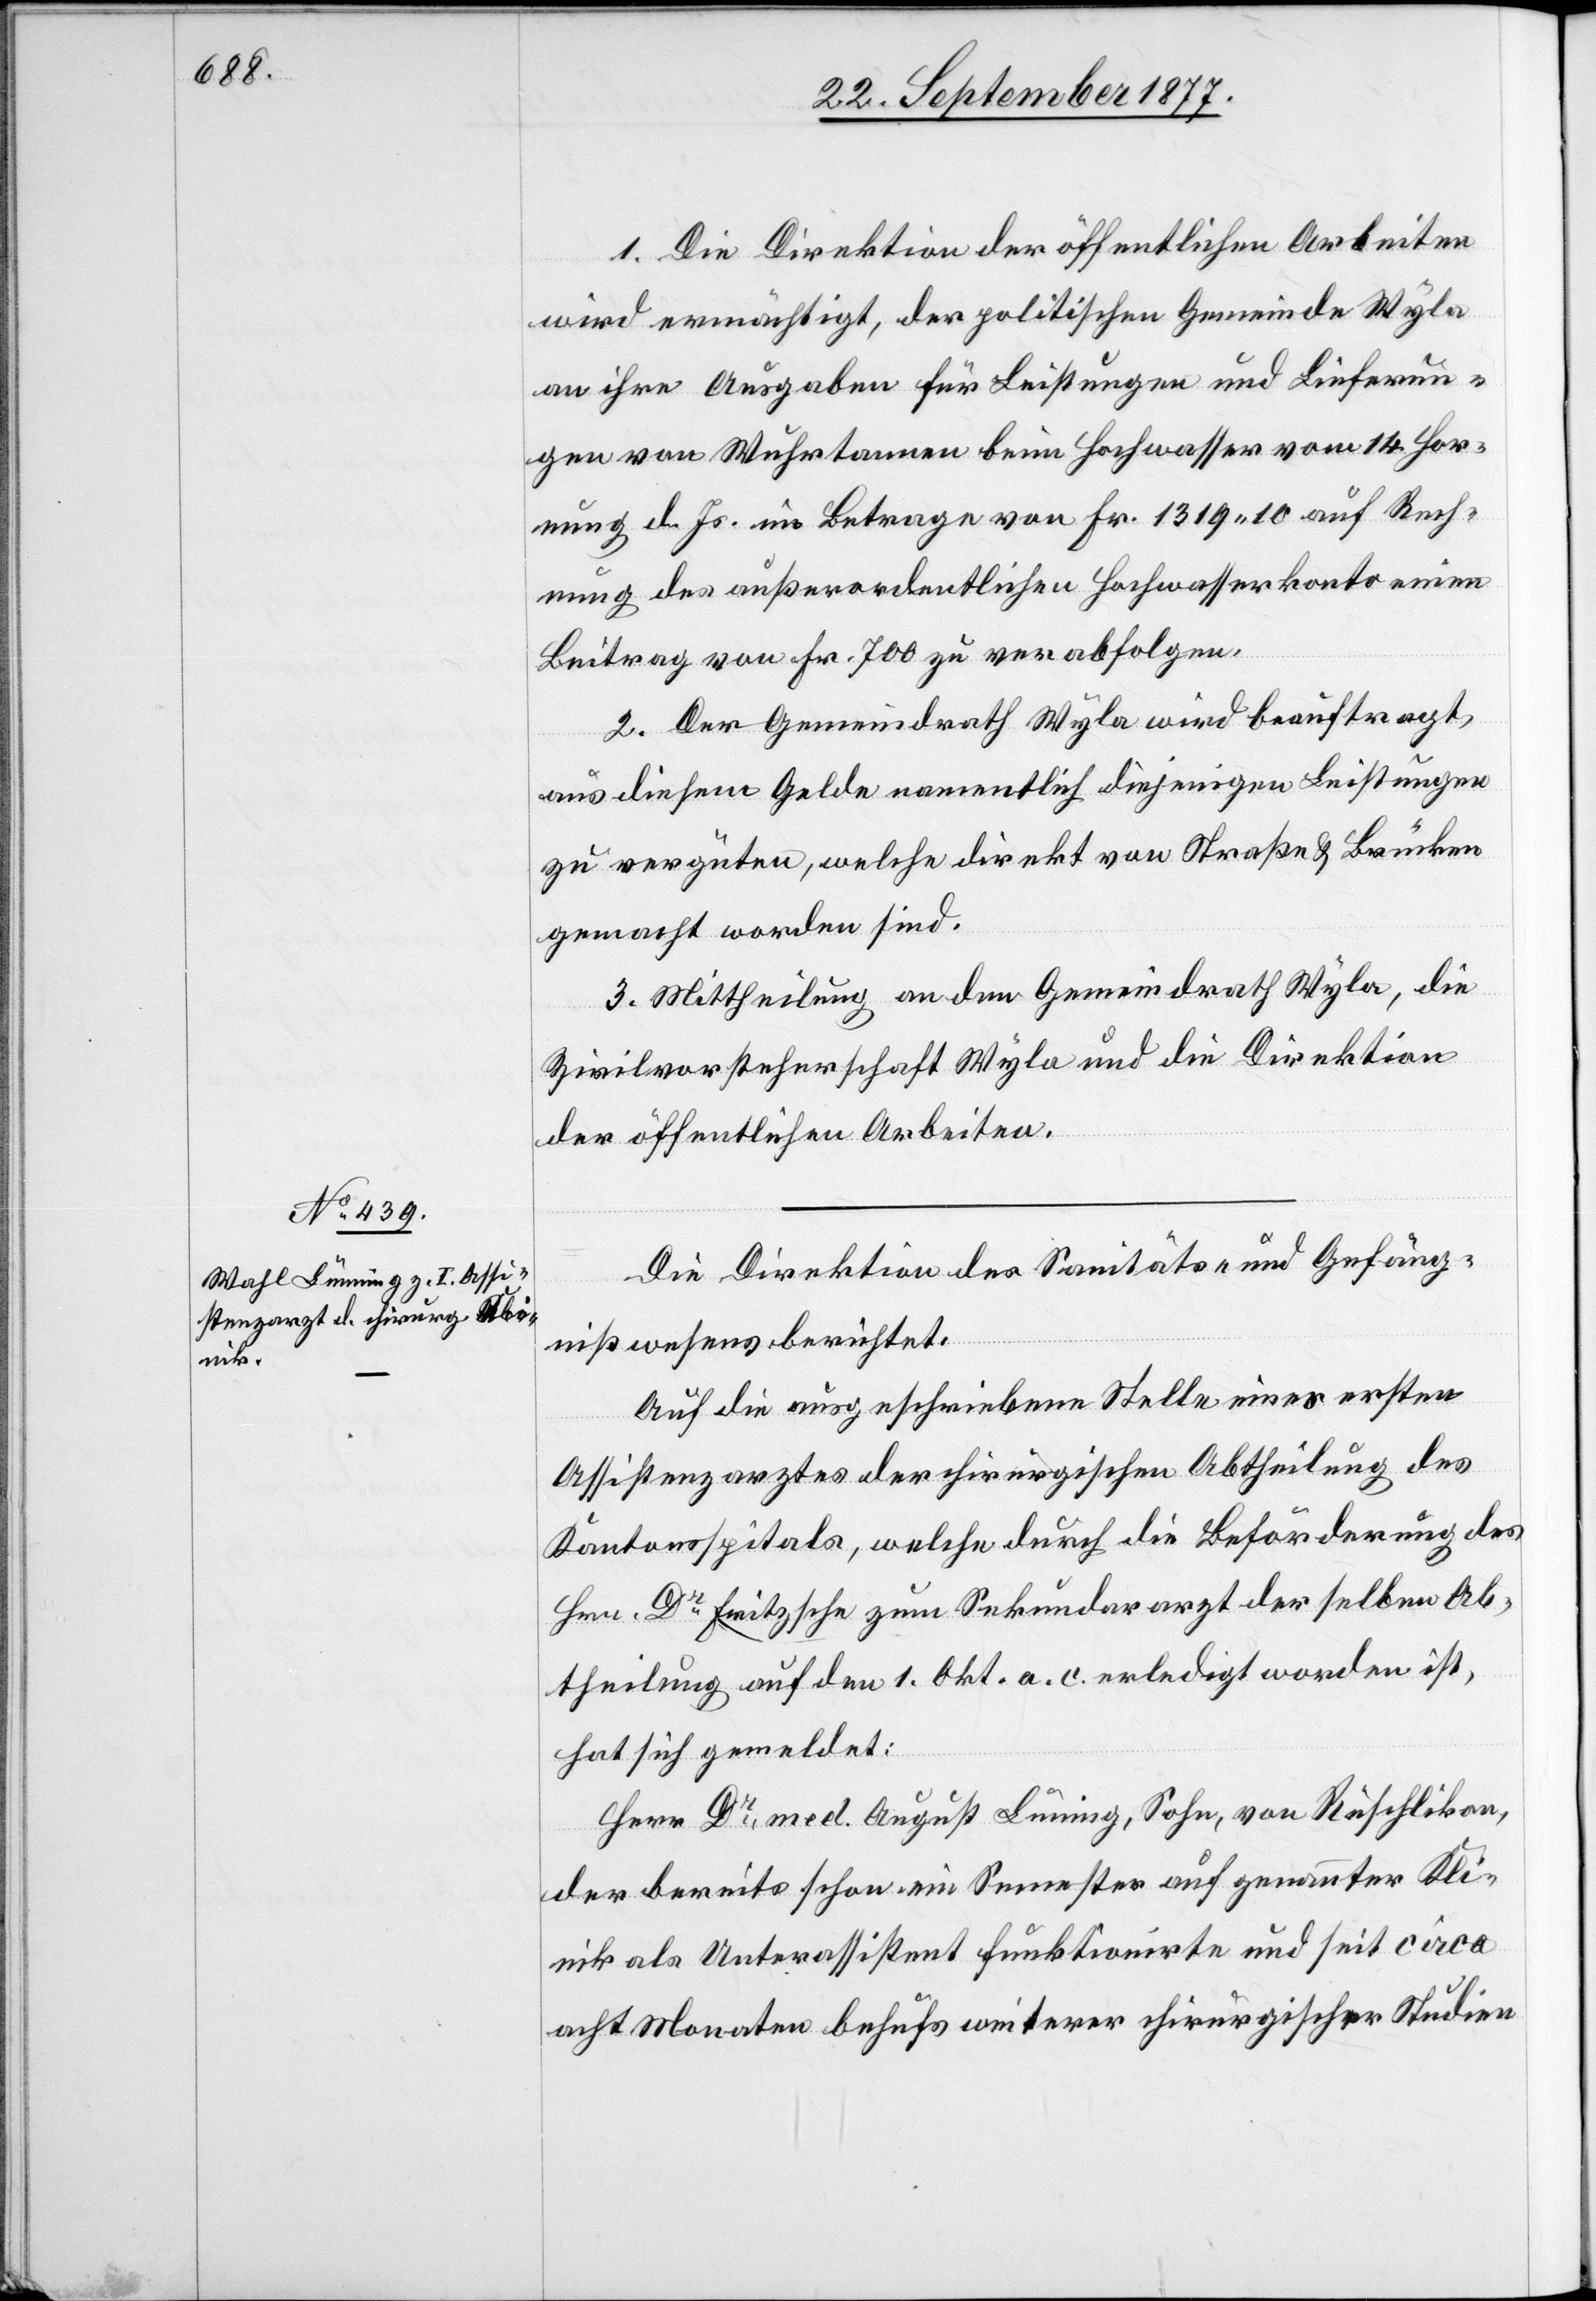
1. Die Direktion der öffentlichen Arbeiten
wird ermächtigt, der politischen Gemeinde Wyla
an ihre Ausgaben für Leistungen und Lieferun¬
gen von Wuhrtannen beim Hochwasser vom 14. Hor¬
nung d. Js. im Betrage von Fr. 1319 10 auf Rech¬
nung des außerordentlichen Hochwasserkonto einen
Beitrag von Fr. 700 zu verabfolgen.
2. Der Gemeindrath Wyla wird beauftragt,
aus diesem Gelde namentlich diejenigen Leistungen
zu vergüten, welche direkt von Straße & Brücken
gemacht worden sind.
3. Mittheilung an den Gemeindrath Wyla, die
Zivilvorsteherschaft Wyla und die Direktion
der öffentlichen Arbeiten.
Die Direktion des Sanitäts- und Gefäng¬
nißwesens berichtet.
Auf die ausgeschriebene Stelle eines ersten
Assistenzarztes der chirurgischen Abtheilung des
Kantonsspitals, welche durch die Beförderung des
Hrn. Dr Fritzsche zum Sekundararzt der selben Ab¬
theilung auf den 1. Okt. a. c. erledigt worden ist,
hat sich gemeldet:
Herr Dr med. August Lüning, Sohn, von Rüschlikon,
der bereits schon ein Semester auf genannter Kli¬
nik als Unterassistent funktionirte und seit circa
acht Monaten behufs weiterer chirurgischer Studien